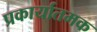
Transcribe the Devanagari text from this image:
प्रकार्यातमक